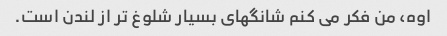
اوه، من فکر می کنم شانگهای بسیار شلوغ تر از لندن است.